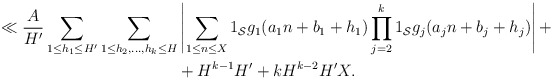
\begin{align*} \ll \frac{A}{H'} \sum_{1 \leq h_1 \leq H'} \sum_{1 \leq h_2,\dots,h_k \leq H} & \left|\sum_{1 \leq n \leq X} 1_{\mathcal S}g_1(a_1 n + b_1 + h_1) \prod_{j=2}^k 1_{\mathcal S}g_j(a_j n + b_j + h_j)\right| + \\ & + H^{k-1}H'+ k H^{k-2}H' X.\end{align*}